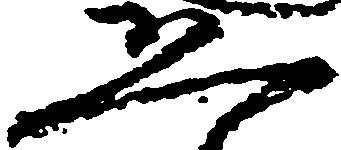
恐